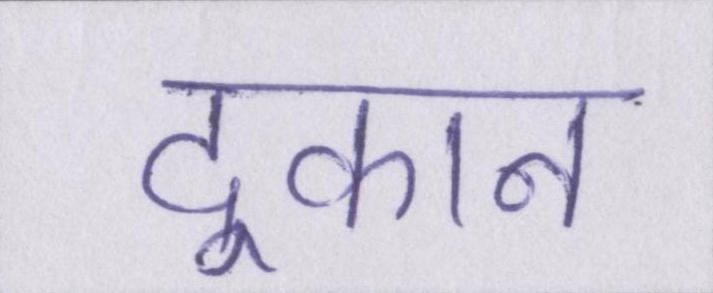
दूकान